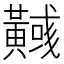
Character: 𪏞